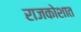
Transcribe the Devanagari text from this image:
राजकोशात